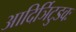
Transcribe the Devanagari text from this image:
आदिर्ञिटुडवः